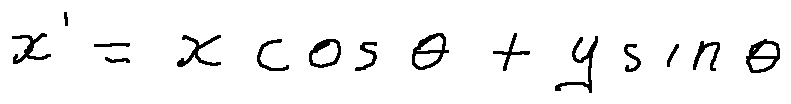
x ^ { \prime } = x \cos \theta + y \sin \theta